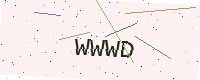
Text: WWWD